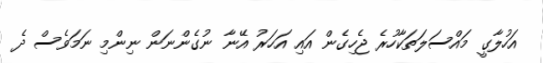
އަހުލާގީ މައްސަލަތަކާހުރެ ޖެހިގެން އައި އަހަރު އޭނާ ނުގެންނަން ނިންމި ނަމަވެސް ދެ